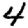
Digit: 4